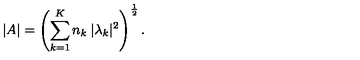
| A | = \left( \sum _ { k = 1 } ^ { K } n _ { k } \: | \lambda _ { k } | ^ { 2 } \right) ^ { \frac { 1 } { 2 } } .